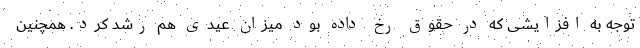
توجه به افزایشی که در حقوق رخ داده بود میزان عیدی هم رشد کرد. همچنین